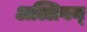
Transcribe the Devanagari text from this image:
अल्लियम्